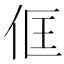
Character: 㑌